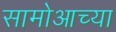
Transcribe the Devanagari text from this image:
सामोआच्या